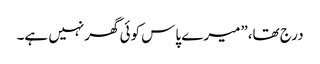
درج تھا،”میرے پاس کوئی گھرنہیں ہے۔